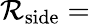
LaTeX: \mathcal{R}_{\mathrm{{side}}}=